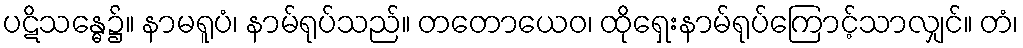
ပဋိသန္ဓေ၌။ နာမရူပံ၊ နာမ်ရုပ်သည်။ တတောယေဝ၊ ထိုရှေးနာမ်ရုပ်ကြောင့်သာလျှင်။ တံ၊